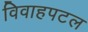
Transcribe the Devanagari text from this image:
विवाहपटल